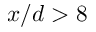
x / d > 8